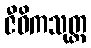
ဇီဝိကသုတ္တ